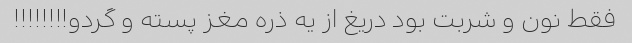
فقط نون و شربت بود دریغ از یه ذره مغز پسته و گردو!!!!!!!!